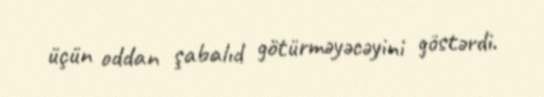
üçün oddan şabalıd götürməyəcəyini göstərdi.